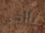
ياأخي